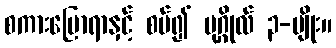
စကားပြောရာနှင့် စပ်၍ ပုဂ္ဂိုလ် ၃-မျိုး။